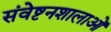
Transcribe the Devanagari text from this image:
संवेष्टनशालाओं